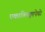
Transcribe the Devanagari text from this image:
एकात्लिक्वापेचो